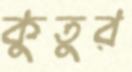
কুতুর